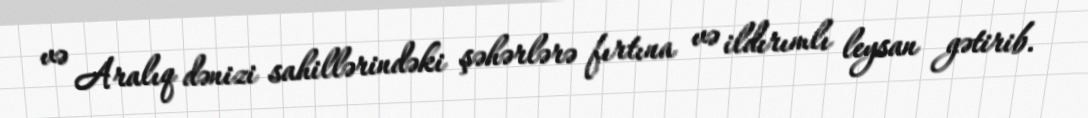
və Aralıq dənizi sahillərindəki şəhərlərə fırtına və ildırımlı leysan gətirib.